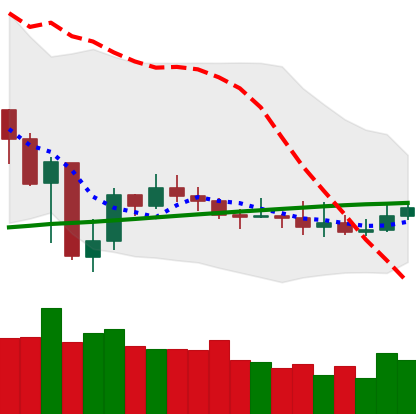
Ticker: XMR-USD
Chart end date: 2019-08-01
Forward return: 9.489%
Label: up_7plus